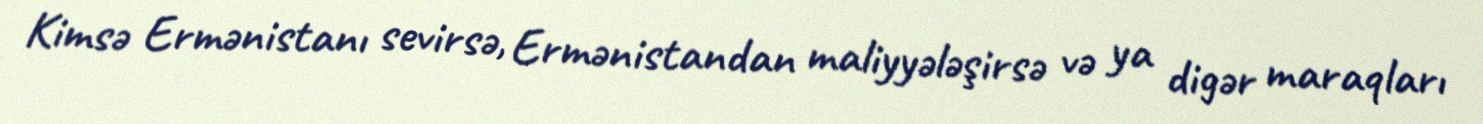
Kimsə Ermənistanı sevirsə, Ermənistandan maliyyələşirsə və ya digər maraqları